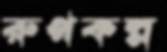
রুপকল্প